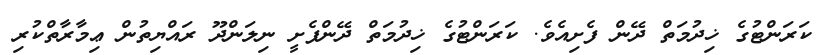
ކަރަންޓުގެ ޚިދުމަތް ދޭން ފެށިއެވެ. ކަރަންޓުގެ ޚިދުމަތް ދޭންފެށީ ނިލަންދޫ ރައްޔިތުން ޢިމާރާތްކުރި